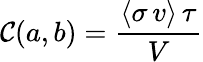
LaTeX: \mathcal{C}(a,b)={\frac{{\langle\sigma\, v\rangle\, \tau}}{{V}}}